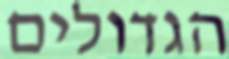
הגדולים